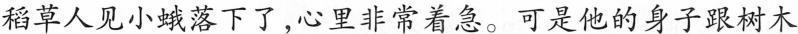
稻草人见小蛾落下了，心里非常着急。可是他的身子跟树木